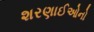
શરણાઈઓનો